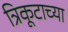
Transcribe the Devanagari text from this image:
त्रिकूटाच्या